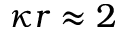
\kappa r \approx 2